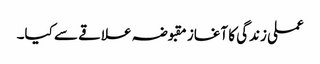
عملی زندگی کا آغاز مقبوضہ علاقے سے کیا۔